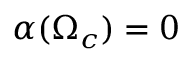
\alpha ( \Omega _ { c } ) = 0